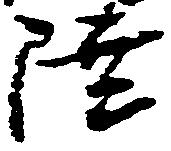
陸